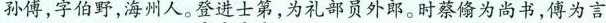
孙傅，字伯野，海州人。登进士第，为礼部员外郎。时蔡为尚书，傅为言